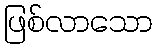
ဖြစ်လာသော